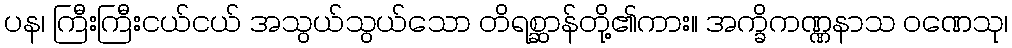
ပန၊ ကြီးကြီးငယ်ငယ် အသွယ်သွယ်သော တိရစ္ဆာန်တို့၏ကား။ အက္ခိကဏ္ဏနာသ ဝဏေသု၊